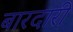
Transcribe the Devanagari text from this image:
बारदारी